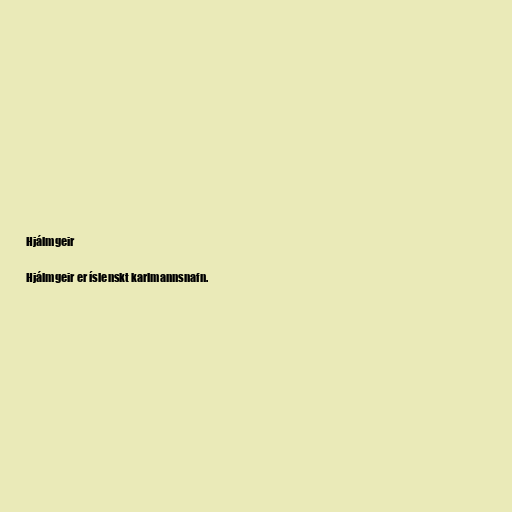
Hjálmgeir

Hjálmgeir er íslenskt karlmannsnafn.